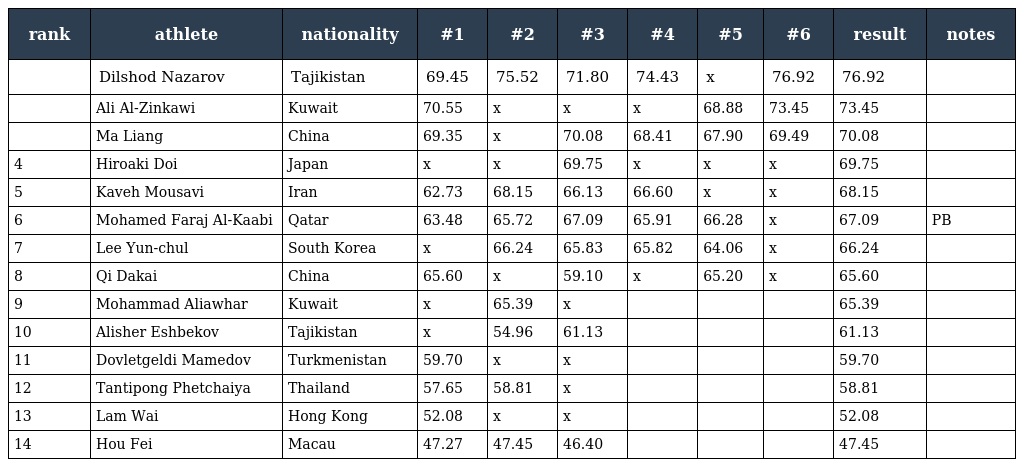
| rank | athlete | nationality | #1 | #2 | #3 | #4 | #5 | #6 | result | notes |
 | --- | --- | --- | --- | --- | --- | --- | --- | --- | --- | --- |
 |  | Dilshod Nazarov | Tajikistan | 69.45 | 75.52 | 71.80 | 74.43 | x | 76.92 | 76.92 |  |
 |  | Ali Al-Zinkawi | Kuwait | 70.55 | x | x | x | 68.88 | 73.45 | 73.45 |  |
 |  | Ma Liang | China | 69.35 | x | 70.08 | 68.41 | 67.90 | 69.49 | 70.08 |  |
 | 4 | Hiroaki Doi | Japan | x | x | 69.75 | x | x | x | 69.75 |  |
 | 5 | Kaveh Mousavi | Iran | 62.73 | 68.15 | 66.13 | 66.60 | x | x | 68.15 |  |
 | 6 | Mohamed Faraj Al-Kaabi | Qatar | 63.48 | 65.72 | 67.09 | 65.91 | 66.28 | x | 67.09 | PB |
 | 7 | Lee Yun-chul | South Korea | x | 66.24 | 65.83 | 65.82 | 64.06 | x | 66.24 |  |
 | 8 | Qi Dakai | China | 65.60 | x | 59.10 | x | 65.20 | x | 65.60 |  |
 | 9 | Mohammad Aliawhar | Kuwait | x | 65.39 | x |  |  |  | 65.39 |  |
 | 10 | Alisher Eshbekov | Tajikistan | x | 54.96 | 61.13 |  |  |  | 61.13 |  |
 | 11 | Dovletgeldi Mamedov | Turkmenistan | 59.70 | x | x |  |  |  | 59.70 |  |
 | 12 | Tantipong Phetchaiya | Thailand | 57.65 | 58.81 | x |  |  |  | 58.81 |  |
 | 13 | Lam Wai | Hong Kong | 52.08 | x | x |  |  |  | 52.08 |  |
 | 14 | Hou Fei | Macau | 47.27 | 47.45 | 46.40 |  |  |  | 47.45 |  |